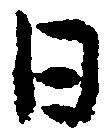
日